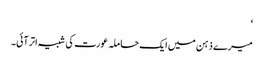
‘
میرے ذہن میں ایک حاملہ عورت کی شبیہ اتر آئی۔